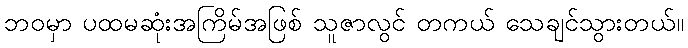
ဘဝမှာ ပထမဆုံးအကြိမ်အဖြစ် သူဇာလွင် တကယ် သေချင်သွားတယ်။